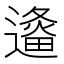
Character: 𲅹